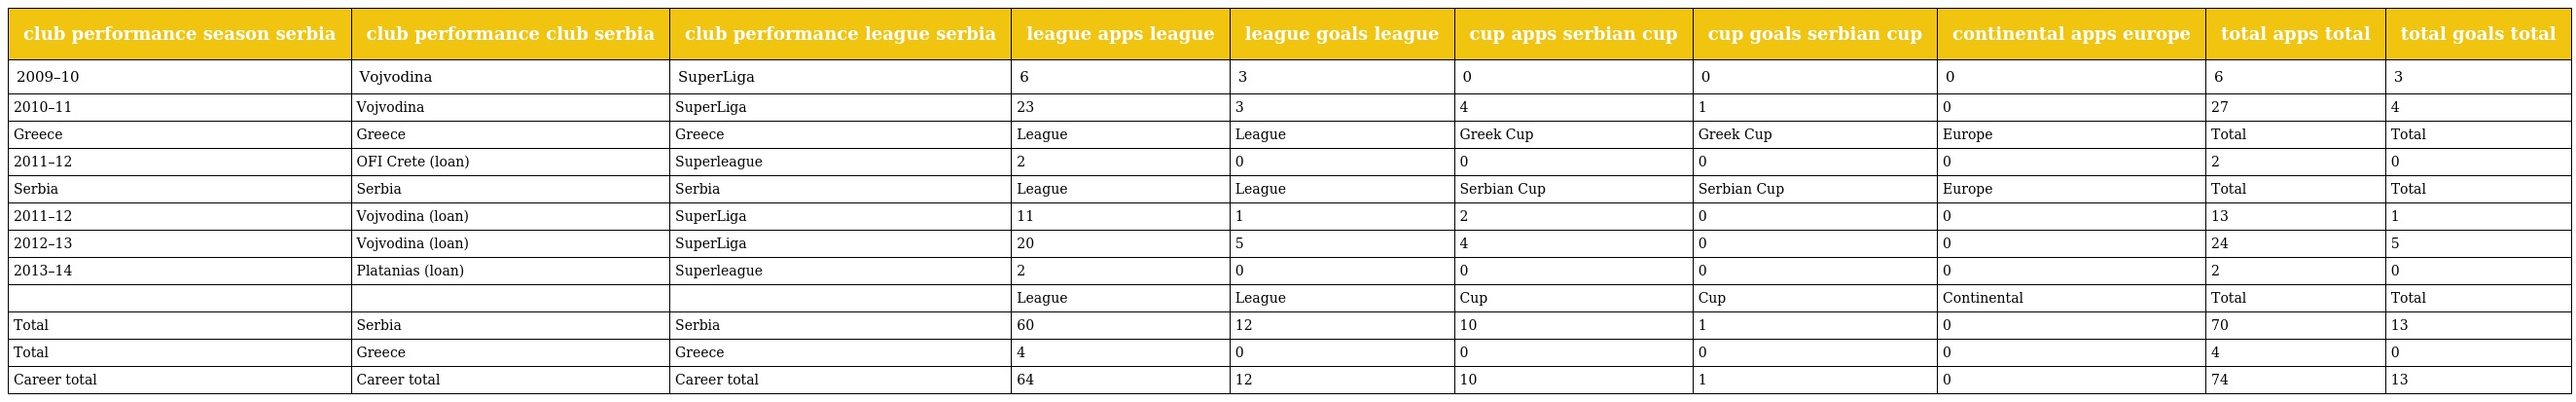
| club performance season serbia | club performance club serbia | club performance league serbia | league apps league | league goals league | cup apps serbian cup | cup goals serbian cup | continental apps europe | total apps total | total goals total |
 | --- | --- | --- | --- | --- | --- | --- | --- | --- | --- |
 | 2009–10 | Vojvodina | SuperLiga | 6 | 3 | 0 | 0 | 0 | 6 | 3 |
 | 2010–11 | Vojvodina | SuperLiga | 23 | 3 | 4 | 1 | 0 | 27 | 4 |
 | Greece | Greece | Greece | League | League | Greek Cup | Greek Cup | Europe | Total | Total |
 | 2011–12 | OFI Crete (loan) | Superleague | 2 | 0 | 0 | 0 | 0 | 2 | 0 |
 | Serbia | Serbia | Serbia | League | League | Serbian Cup | Serbian Cup | Europe | Total | Total |
 | 2011–12 | Vojvodina (loan) | SuperLiga | 11 | 1 | 2 | 0 | 0 | 13 | 1 |
 | 2012–13 | Vojvodina (loan) | SuperLiga | 20 | 5 | 4 | 0 | 0 | 24 | 5 |
 | 2013–14 | Platanias (loan) | Superleague | 2 | 0 | 0 | 0 | 0 | 2 | 0 |
 |  |  |  | League | League | Cup | Cup | Continental | Total | Total |
 | Total | Serbia | Serbia | 60 | 12 | 10 | 1 | 0 | 70 | 13 |
 | Total | Greece | Greece | 4 | 0 | 0 | 0 | 0 | 4 | 0 |
 | Career total | Career total | Career total | 64 | 12 | 10 | 1 | 0 | 74 | 13 |